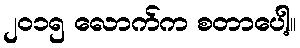
၂၀၁၅ လောက်က စတာပေါ့။